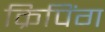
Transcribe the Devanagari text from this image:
क्रिपिंग